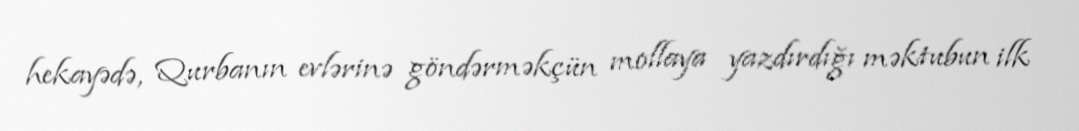
hekayədə, Qurbanın evlərinə göndərməkçün mollaya yazdırdığı məktubun ilk